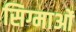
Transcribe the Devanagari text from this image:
सिग्माओं